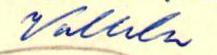
Vallila